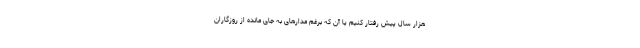
هزار سال پیش رفتار کنیم یا آن که برغم مدارهای به جای مانده از روزگاران